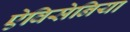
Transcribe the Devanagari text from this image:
ऐविसेनिया